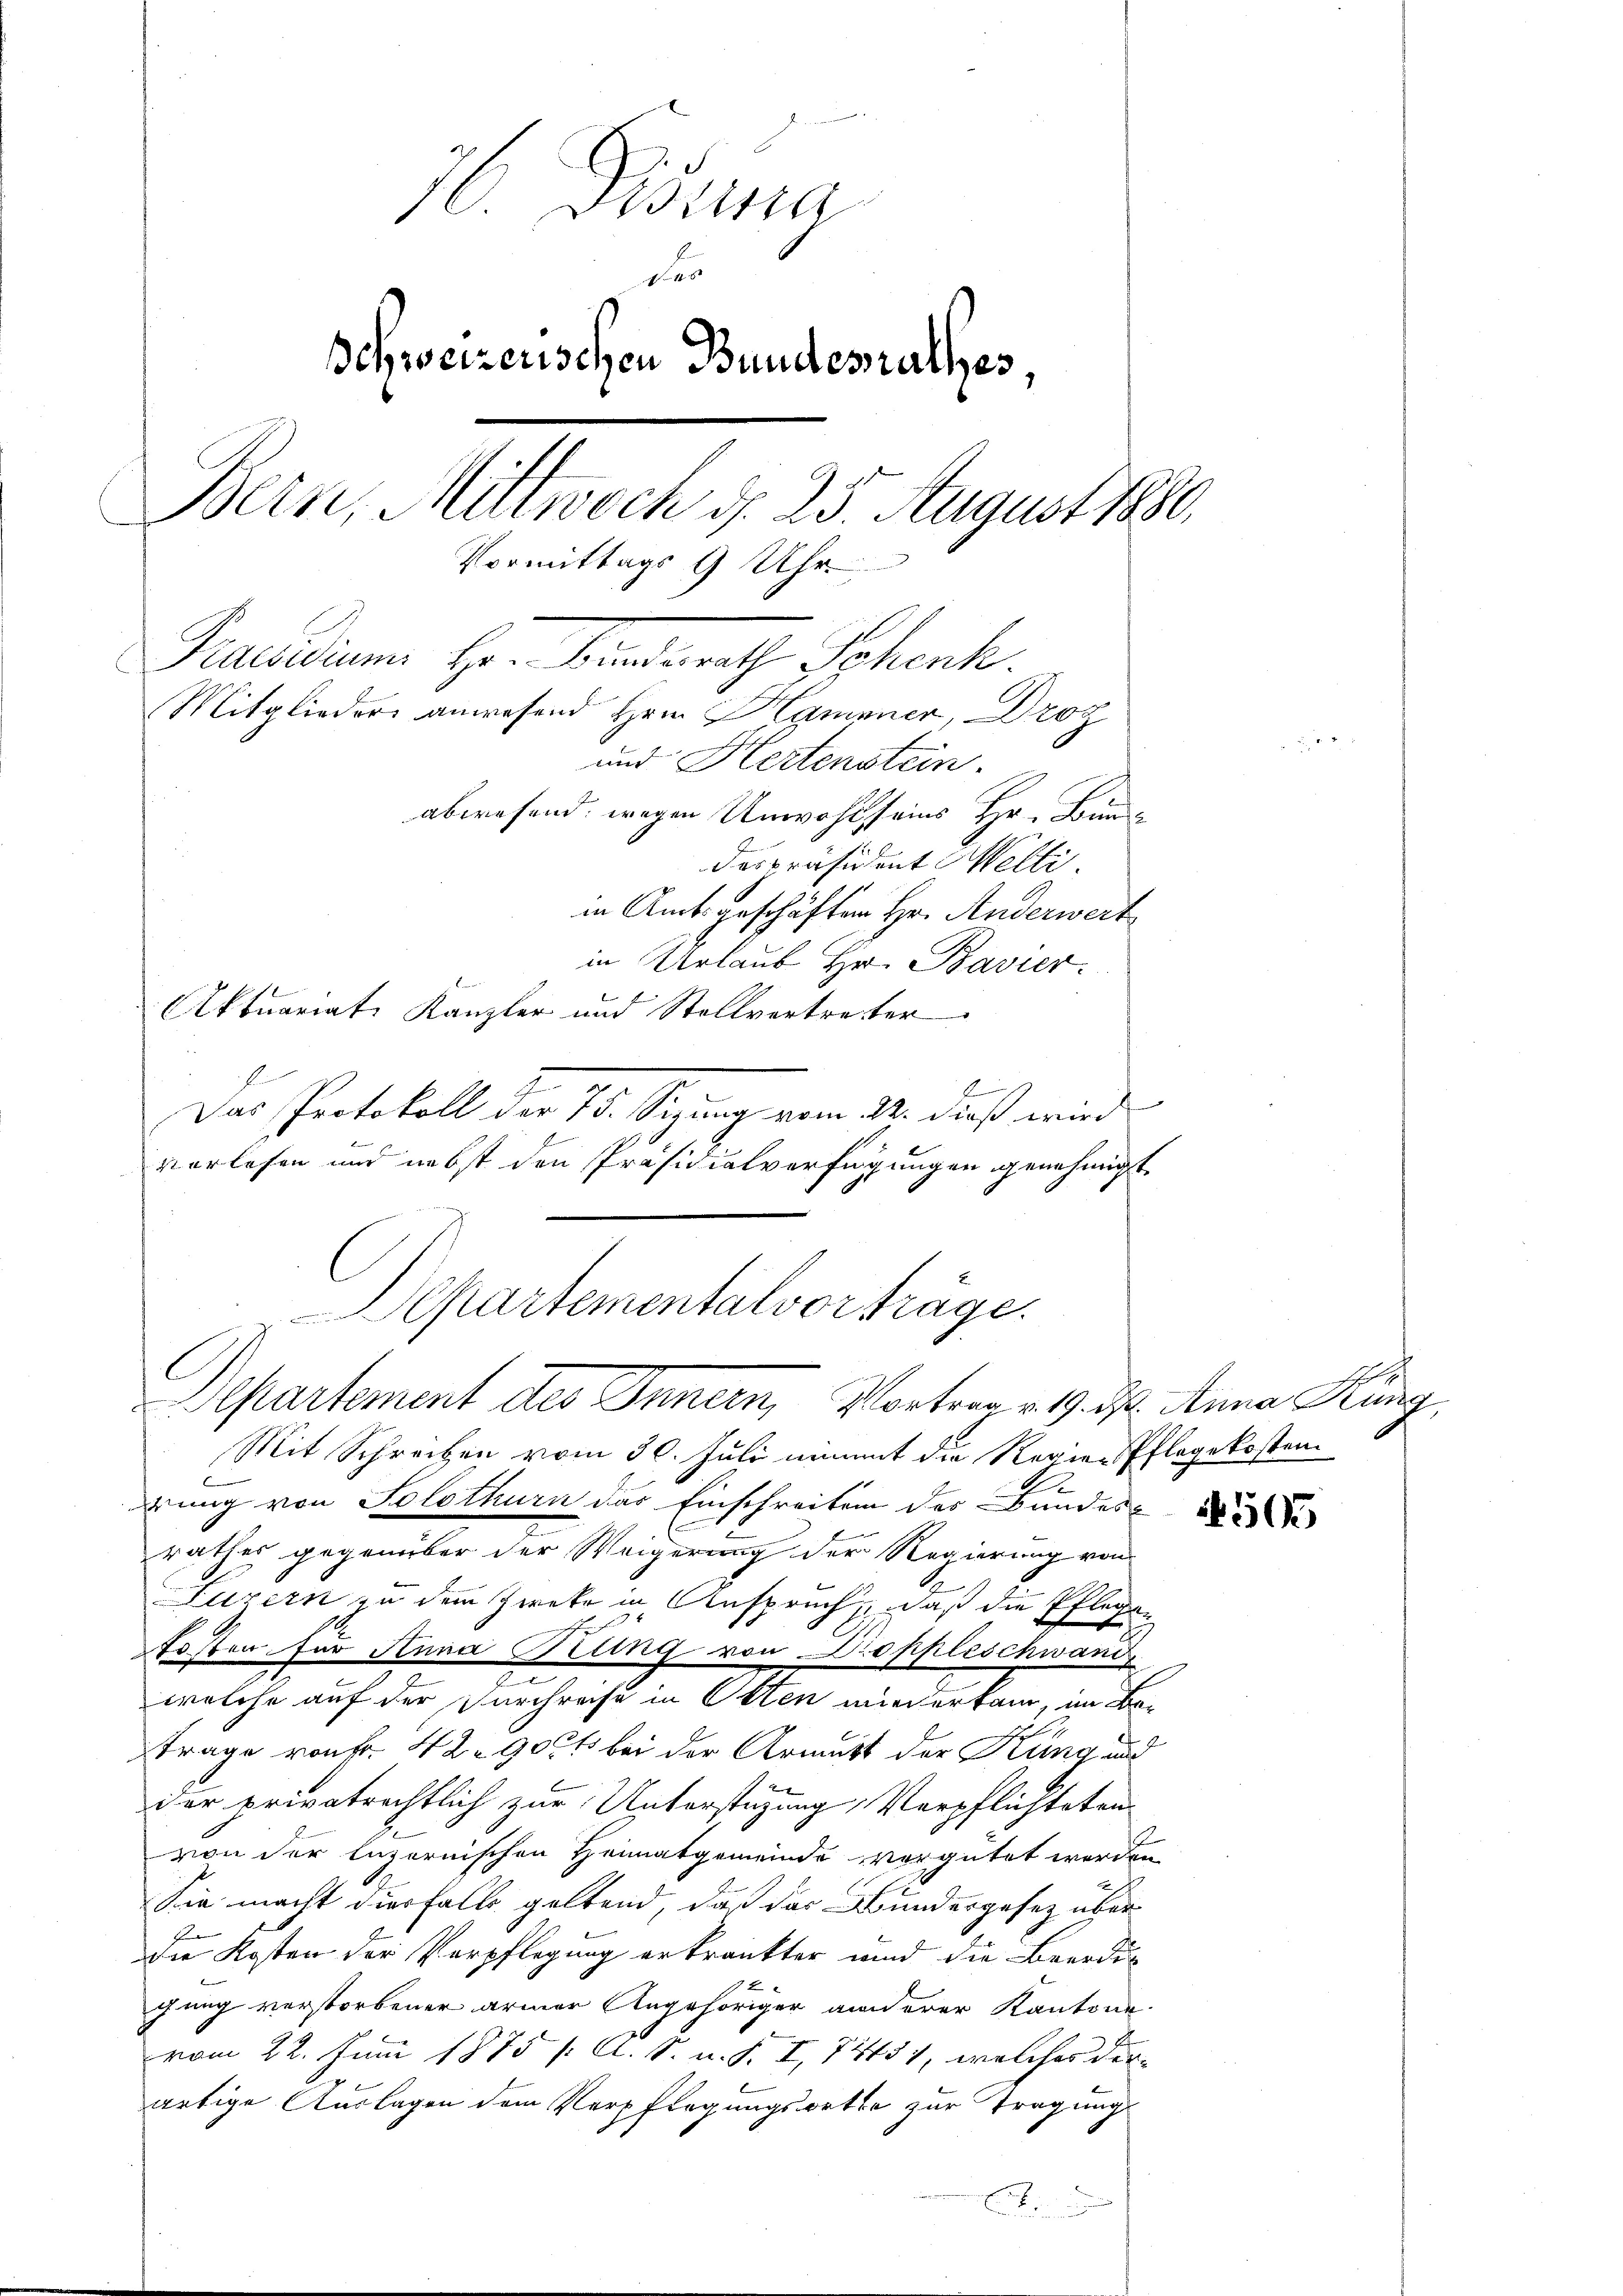
6. Zuna
der
schweizerischen Bundesrathes,
Bern, Mittwoch d. 25. August 1880.
Vormittags 9 Uhr
Praesidium Her Eindrath Schenk.
Mitglieder anwesend Hrrn. Hammer, Droz
und Hertenstein.
abwesend, wegen Unwohl seins Hr. Bunde
Daspräsident Welti.
in Amtsgeschäften Hr. Anderwert

in Urlaub Hr. Bavier.
Aktuariat Kanzler und Stellvertreter
Das Protokoll der 75. Sizung vom 24. dieß wird
vorlesen und nebst den Präsidialverfügungen genehmigt.
Departement des Innern, Vorterer 19. d. Anna Hung
Mit Schreiben vom 30. Juli nimmt die Regier Pflegekosten.
2
drung von Solothurn das Einschreiben des Bundes-
rathes gegenüber der Weigerung der Regierung von
Sulzern zu dem Zwehr in Anspruch, daß die Pflegefosten für Anna Gang von Doppleschwand
welche auf der Durchreise in Otten wiederkam, im Be¬
Frage von fr. 42. 90 fl bei der Armutt der Kung und
der privatrechtlich zur Unterstüzung, Verpflichteten
E
von der luzernischen Heimatgemeinde vergütet werden
c
Sie macht diesfalls geltend, daß das Bundergesetz über
E
die Kosten der Verpflegung erkränkter und die Beerdi-
gung verstorbener armer Angehöriger anderer Kantone.
vom 22. Juni 1875 / A. S. v. J. I, 74151, welches die
artige Auslagen dem Verpflegungsorte zur Tragung
b

Departementalvorträge.

N 595